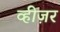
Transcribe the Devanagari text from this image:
व्हीज़र